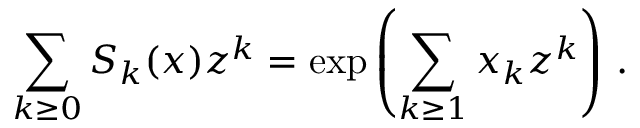
\sum _ { k \geq 0 } S _ { k } ( x ) z ^ { k } = \exp \left( \sum _ { k \geq 1 } x _ { k } z ^ { k } \right) \, .